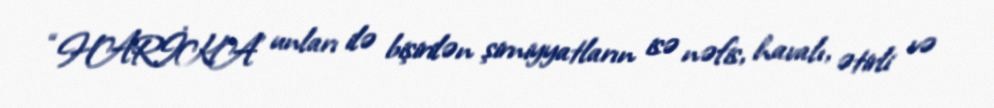
“HARİKA” unları ilə bişirilən şirniyyatların isə nəfis, havalı, ətirli və